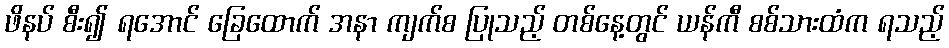
ဖိနပ် စီး၍ ရအောင် ခြေထောက် အနာ ကျက်စ ပြုသည့် တစ်နေ့တွင် ယန်ကီ စစ်သားထံက ရသည့်